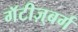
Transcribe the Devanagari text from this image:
गॅटीज़्बर्ग